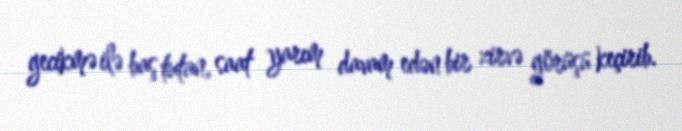
gecikmə ilə baş tutan, saat yarım davam edən bir zirvə görüşü keçirib.